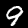
Digit: 9